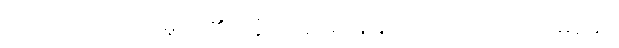
တရားကိုသိတော်မူပေ၏။ တွံ၊ အရှင်မင်းမြတ်သည်လျှင်။ သုမေဓော၊